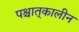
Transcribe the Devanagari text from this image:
पश्चात्‌कालीन